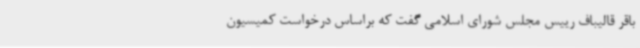
باقر قالیباف رییس مجلس شورای اسلامی گفت که براساس درخواست کمیسیون